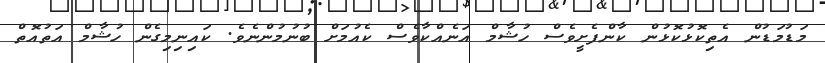
މަޑުމަޑުން އެތިކޮޅުކޮޅުން ކާންފެށީވެސް ހުޝާމް އަނެއްކާވެސް ކެއުމަށް ބުނުމުންނެވެ. ކައިނިމިގެން ހުޝާމް އަތުއޮތް